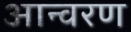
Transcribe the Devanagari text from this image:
आन्वरण